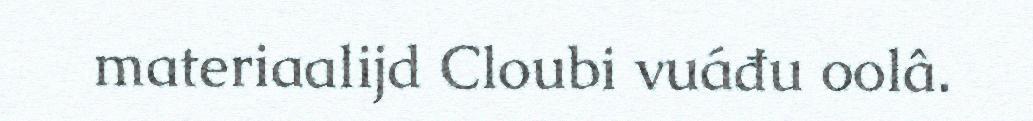
materiaalijd Cloubi vuáđu oolâ.